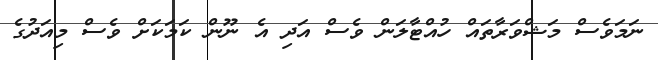
ނަމަވެސް މަޝްވަރާތައް ހުއްޓާލަން ވެސް އަދި އެ ނޫން ކަމަކަށް ވެސް މިއަދުގެ